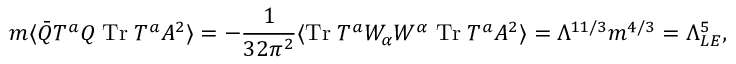
m \langle \bar { Q } T ^ { a } Q \; \mathrm { T r } \; T ^ { a } A ^ { 2 } \rangle = - \frac { 1 } { 3 2 \pi ^ { 2 } } \langle \mathrm { T r } \; T ^ { a } W _ { \alpha } W ^ { \alpha } \; \mathrm { T r } \; T ^ { a } A ^ { 2 } \rangle = \Lambda ^ { 1 1 / 3 } m ^ { 4 / 3 } = \Lambda _ { L E } ^ { 5 } ,